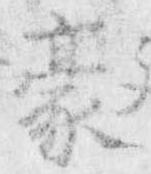
豪